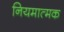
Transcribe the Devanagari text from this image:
नियमात्मक